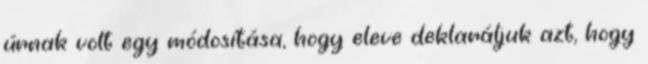
úrnak volt egy módosítása, hogy eleve deklaráljuk azt, hogy